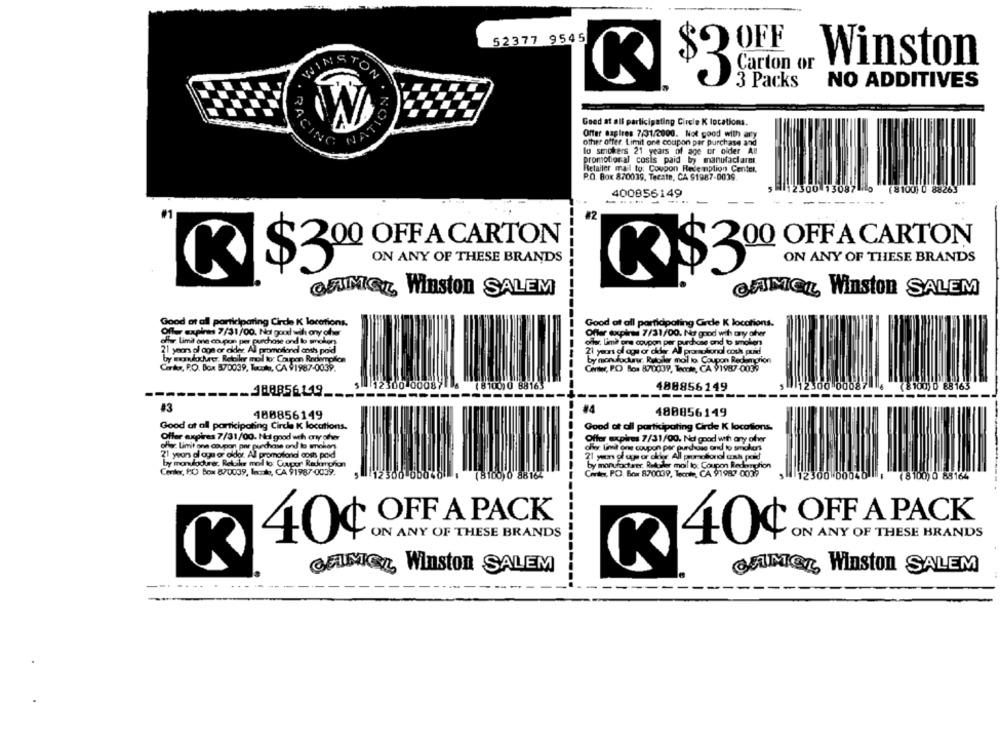
52377 9545
OFF
Carton or
Winston
WINSTON
R $3
3 Packs
NO ADDITIVES
NO
Good at all participating Circle K locations.
Offer expires 7/31/2000. Not good with ary
Paris
other offer. Limit one coupon per purchase and
INC
lo smokers 21 years of age or older All
promotional cosis paid by manufaclaret.
Retailer mail to: Coupon Redemption Center.
P.O. Box 870039, Tecate, CA 91987-0039.
12300 13087
78100) 0 882
400856149
--
#2
00 OFF A CARTON
ON ANY OF THESE BRANDS
ON ANY OF THESE BRANDS
K$300 OFF A CARTON
K $390 OFF A CARTO
OFINAL Winston SALEM
CAMEL Winston SALEM
Good of all participaring Cirde K locations.
Good at all partidpating Grde K locations.
Off- expinn 7/31/00. Na good wih ony ofwar
Offer expired 7/31/00. Not good wil any other
effe Limit one coupon per purchase and lo smokers
offer Lime ons coupon per purchase and b smolens
21 years al con or alder. All promotional cosh poid
21 years of age or dier. All promotional couk poid
by monkscherer. Retailer mol to: Coupon Rederpilon
by manufacturer. Retailer mail to Coupon Redemption
Cinky, P.O. Box 570039, Tocute, CA 91987-0039.
Center, P.O Box 870039, Tomate, CA 91987-0039
2300 000
488856149
__ 188856119.
----------
13
#4
488856149
480856149
Good at all participating Circle K locations.
Good of all participating Cirde K locations
Offer expires 7/31/00. Nul good wth any other
offer. Limit ona coupon per purchase and lo mnohon
Offer expires 7/31/00. No good with any ofver
ofer limit one coupon per purchase and to smakors
21 years al aga or aldor Al promotland cosh poid
21 yeon al ug or daher All prumadonol cak paid
by mondodurer. Rekke mol to: Cuupor Rekanglion
by manufacturer. Retailer mail to: Coupon Redemption
Center, PO Box 870039, lente, CA 91987-0039.
(8100)0 88164
Center, P.O. Box 870039, Teche, CA 91987 0037
( 8100) 0 88164
OFF A PACK
OFF A PACK
ON ANY OF THESE BRANDS
ON ANY OF THESE BRANDS
40¢
---
40¢
K
GENEL Winston SALEM
GANGL Winston SALEM
--.
-------